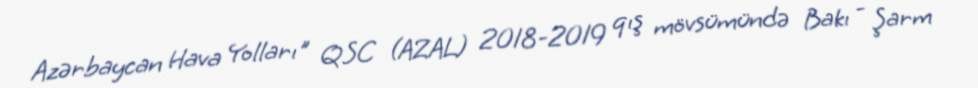
Azərbaycan Hava Yolları" QSC (AZAL) 2018-2019 qış mövsümündə Bakı - Şarm